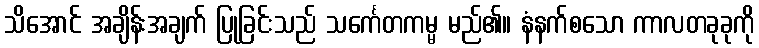
သိအောင် အချိန်းအချက် ပြုခြင်းသည် သင်္ကေတကမ္မ မည်၏။ နံနက်စသော ကာလတခုခုကို